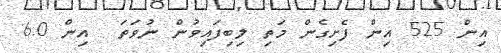
އިން 525 އިން ފެށިގެން މަތި ލިބިފައިވުން ނުވަތަ  އިން 6.0